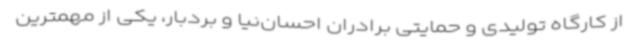
از کارگاه تولیدی و حمایتی برادران احسان‌نیا و بردبار، یکی از مهمترین